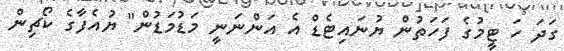
ގަދަ ހަ ޓީމުގެ ފަހަތުން ޔުނައިޓެޑް އެ އަންނަނީ މަޑުމަޑުން" ޔުއެފާގެ ކޯޗިން